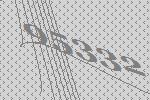
95332